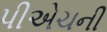
પીએચની